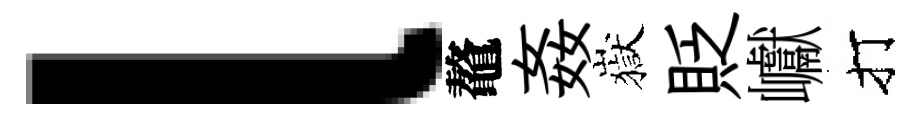
l鼇姦嶽貶巘打